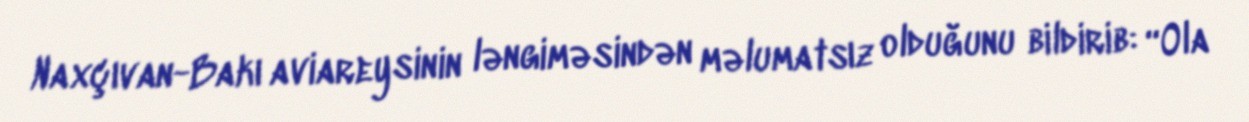
Naxçıvan-Bakı aviareysinin ləngiməsindən məlumatsız olduğunu bildirib: “Ola